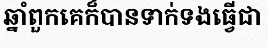
ឆ្នាំពួកគេក៏បានទាក់ទងធ្វើជា